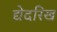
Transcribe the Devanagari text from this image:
द्येदरिख